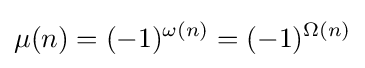
\mu (n)=(-1)^{\omega (n)}=(-1)^{\Omega (n)}